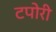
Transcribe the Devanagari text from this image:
टपोरी